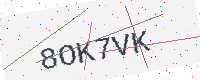
Text: 8OK7VK